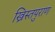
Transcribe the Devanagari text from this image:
ख्रिस्तपुराण